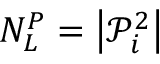
N _ { L } ^ { P } = \left| \mathcal { P } _ { i } ^ { 2 } \right|